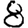
Digit: 8